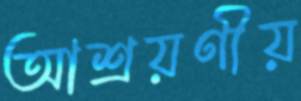
আশ্রয়ণীয়